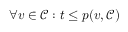
\forall v \in \mathcal { C } : t \leq p ( v , \mathcal { C } )